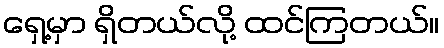
ရှေ့မှာ ရှိတယ်လို့ ထင်ကြတယ်။